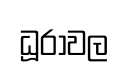
ධූරාවල